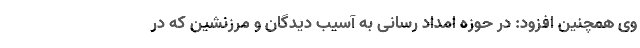
وی همچنین افزود: در حوزه امداد رسانی به آسیب دیدگان و مرزنشین که در